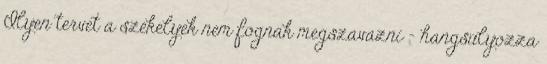
Ilyen tervet a székelyek nem fognak megszavazni – hangsúlyozza